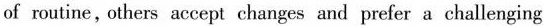
of routine ,cthers aecept charcundefidedorefer a challenging